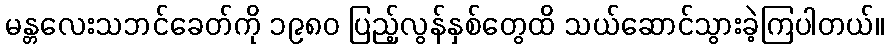
မန္တလေးသဘင်ခေတ်ကို ၁၉၈၀ ပြည့်လွန်နှစ်တွေထိ သယ်ဆောင်သွားခဲ့ကြပါတယ်။